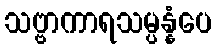
သဗ္ဗာကာရသမ္ပန္နံပေ